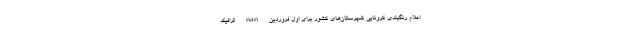
اعلام رنگبندی کرونایی شهرستان‌های کشور برای اول فروردین nan ترافیک